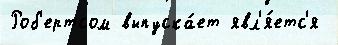
Роб'ертсом выпуска́ет явл'я́етс'я